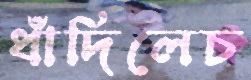
ধাঁদিলেচ